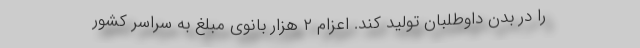
را در بدن داوطلبان تولید کند. اعزام ۲ هزار بانوی مبلغ به سراسر کشور